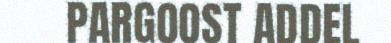
PARGOOST ADDEL